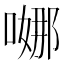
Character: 𭉺